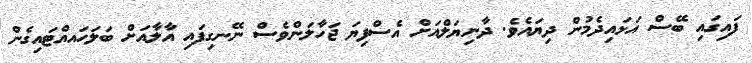
ފައިގައި ބޭސް އަޅައިދެމުން ދިޔައެވެ. ދާނިޔަލްއަށް އެސްފިޔަ ޖަހާލަންވެސް ނޭނގިފައި އާލާއަށް ބަލަހައއްޓައިގެން